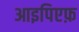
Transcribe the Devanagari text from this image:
आइपिएफ़